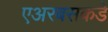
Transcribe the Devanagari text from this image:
एअरबसकडे